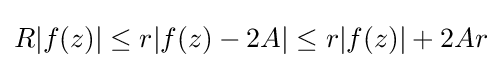
R|f(z)|\leq r|f(z)-2A|\leq r|f(z)|+2Ar